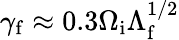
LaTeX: \gamma_{\mathrm{f}}\approx 0.3\Omega_{\mathrm{i}}\Lambda_{\mathrm{f}}^{1/2}